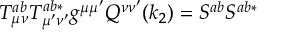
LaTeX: T _ { \mu \nu } ^ { a b } T _ { \mu ^ { \prime } \nu ^ { \prime } } ^ { a b * } g ^ { \mu \mu ^ { \prime } } Q ^ { \nu \nu ^ { \prime } } ( k _ { 2 } ) = S ^ { a b } S ^ { a b * }